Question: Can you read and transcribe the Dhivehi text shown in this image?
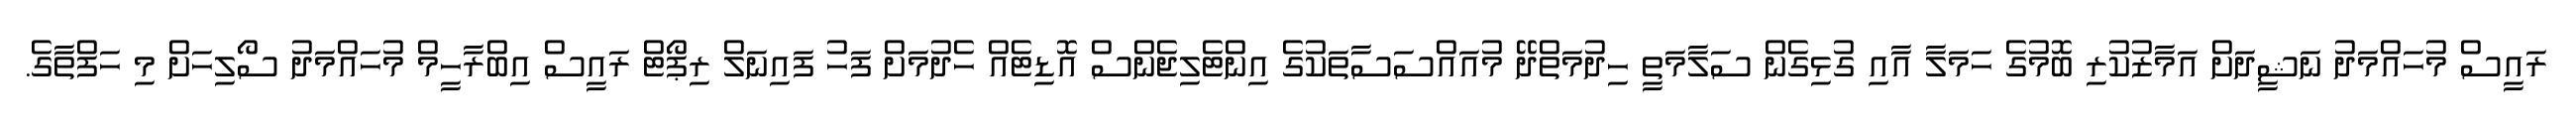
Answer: ރައީސް މުހައްމަދު ނަޝީދަށް އަމާޒުކުރި ބޮމުގެ ހަމަލާ އާއި ގުޅިގެން ސަލާމަތީ ހިދުމަތްދޭ މުއައްސަސާތަކުގެ އިންޓެލިޖެންސް އޮޑިޓެއް ހެދުމަށް ފަހު ފައިނަލް ރިޕޯޓް ރައީސް އިބްރާހީމް މުހައްމަދު ސޯލިހަށް މި ހަފްތާގެ.